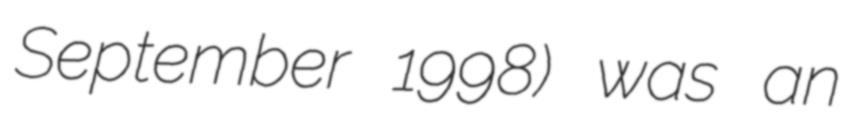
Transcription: September 1998) was an